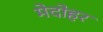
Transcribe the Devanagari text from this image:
मेदोहर